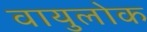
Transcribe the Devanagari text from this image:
वायुलोक